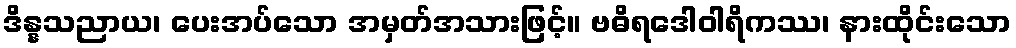
ဒိန္နသညာယ၊ ပေးအပ်သော အမှတ်အသားဖြင့်။ ဗဓိရဒေါဝါရိကဿ၊ နားထိုင်းသော